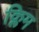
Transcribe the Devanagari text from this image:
क्लिम